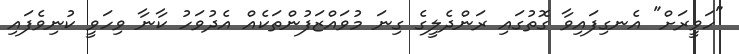
"ހަވީރަށް" އެނގިފައިވާ ގޮތުގައި ރަންދެލީގެ ގިނަ މުވައްޒަފުންތަކެއް އެދުވަހު ކާނާ ވިހަވީ ކުނިވެފައި